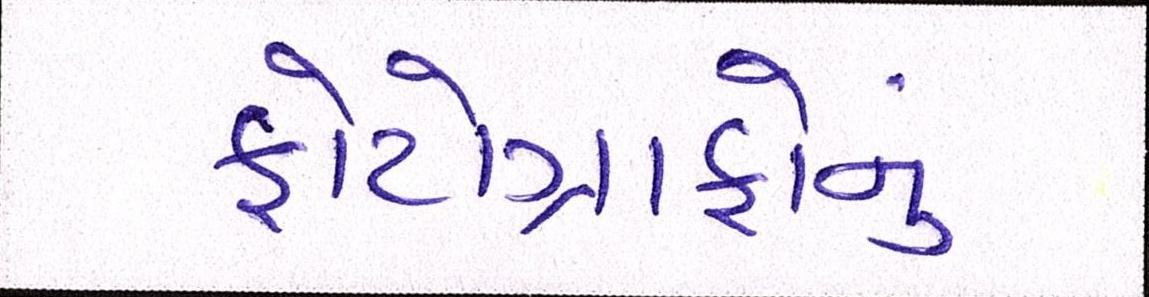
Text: ફોટોગ્રાફોનું